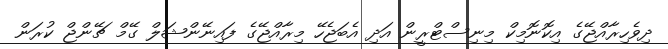
ދިވެހިރާއްޖޭގެ އިކޮނޮމިކް މިނިސްޓްރީން އަދި އެބަޖެހޭ މިރާއްޖޭގެ ފައިނޭންޝަލް ގޭމް ޗޭންޖް ކުރަން